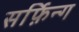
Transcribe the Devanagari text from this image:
सर्फ़िन्ग